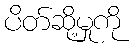
ပိတ်ဆို့မှုကို